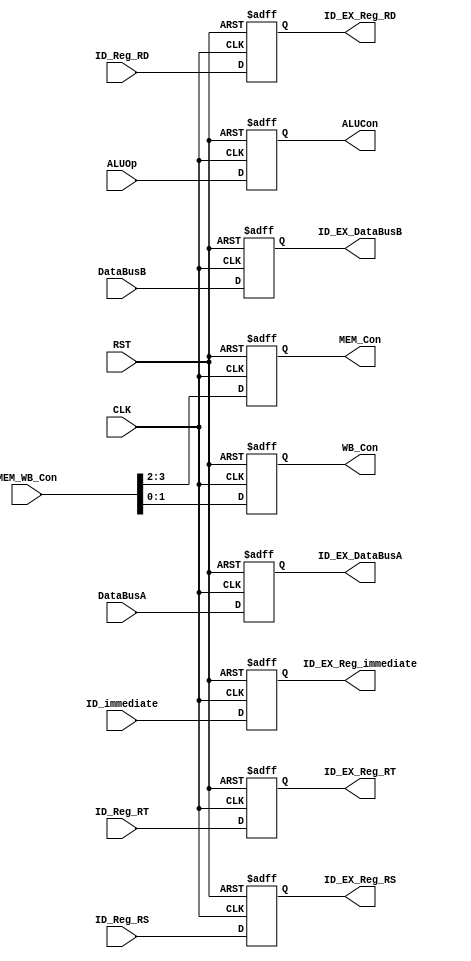
`timescale 1ns / 1ps
module ID_EX_Reg(
  input CLK,
  input RST,
  input [3:0]MEM_WB_Con,  // MEMread, MEMwrite, MEMtoReg, RegWre
  input [2:0] ALUOp,
  input [4:0] ID_Reg_RS,
  input [4:0] ID_Reg_RT,
  input [4:0] ID_Reg_RD,
  input [31:0] ID_immediate,
  input [31:0] DataBusA,
  //input ALUSrcB,
  input [31:0] DataBusB,
  output reg [1:0] MEM_Con,
  output reg [1:0] WB_Con,
  //output reg SrcB,
  output reg [2:0] ALUCon,
  output reg [4:0] ID_EX_Reg_RS,   // I think these message are provided by IF_ID directly
  output reg [4:0] ID_EX_Reg_RT,   // could be a better choice.
  output reg [4:0] ID_EX_Reg_RD,
  output reg [31:0] ID_EX_Reg_immediate,
  output reg [31:0] ID_EX_DataBusA,
  output reg [31:0] ID_EX_DataBusB
  );
  
  always@(posedge CLK or negedge RST)
  begin
    if(~RST)
      begin
        MEM_Con <= 2'b0;
        WB_Con <= 3'b0;
        ALUCon <= 3'b0;
        ID_EX_Reg_RS <= 5'b0;
        ID_EX_Reg_RT <= 5'b0;
        ID_EX_Reg_RD <= 5'b0;
        ID_EX_Reg_immediate <= 32'b0;
        ID_EX_DataBusA <= 32'b0;
        //SrcB <= 0;
        ID_EX_DataBusB <= 32'b0;
      end
    else
      begin
        MEM_Con <= MEM_WB_Con[3:2];
        WB_Con <= MEM_WB_Con[1:0];
        ALUCon <= ALUOp;
        //SrcB <= ALUSrcB;
        ID_EX_Reg_RS <= ID_Reg_RS;
        ID_EX_Reg_RT <= ID_Reg_RT;
        ID_EX_Reg_RD <= ID_Reg_RD;
        ID_EX_Reg_immediate <= ID_immediate;
        ID_EX_DataBusA <= DataBusA;
        ID_EX_DataBusB <= DataBusB;
      end
  end
endmodule